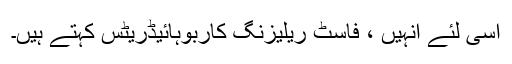
اسی لئے انہیں ، فاسٹ ریلیزنگ کاربوہائیڈریٹس کہتے ہیں۔